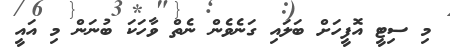
މި ސިޓީ އޮފީހަށް ބަލައި ގަނެވެން ނެތް ވާހަކަ ބުނަން މި އައީ